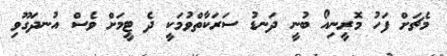
މެޗަށް ފަހު މޮރީނިއޯ ބުނީ ދަނޑު ސަރަކާތްވުމަކީ ދެ ޓީމަށް ވެސް އުނދަގޫވި